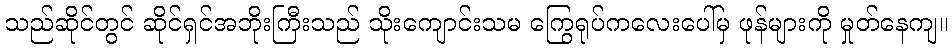
သည်ဆိုင်တွင် ဆိုင်ရှင်အဘိုးကြီးသည် သိုးကျောင်းသမ ကြွေရုပ်ကလေးပေါ်မှ ဖုန်များကို မှုတ်နေကျ။